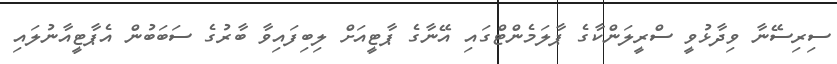
ސިރިސޭނާ ވިދާޅުވީ ސްރީލަންކާގެ ޕާލަމެންޓްގައި އޭނާގެ ޕާޓީއަށް ލިބިފައިވާ ބާރުގެ ސަބަބުން އެޕާޓީއާނުލައި